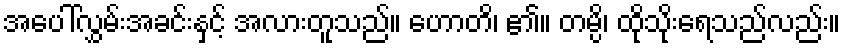
အပေါ်လွှမ်းအခင်းနှင့် အလားတူသည်။ ဟောတိ၊ ၏။ တမ္ပိ၊ ထိုသိုးရေသည်လည်း။